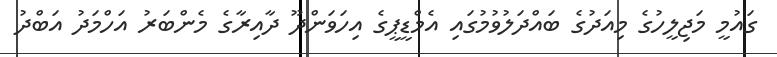
ގައުމީ މަޖިލީހުގެ މިއަދުގެ ބައްދަލުވުމުގައި އެމްޑީޕީގެ އިހަވަންދޫ ދާއިރާގެ މެންބަރު އަހްމަދު އަބްދު